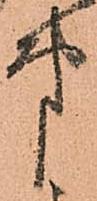
第